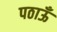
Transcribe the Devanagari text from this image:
पठाऊँ